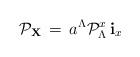
LaTeX: \begin{align*}{\cal P}_{\bf X}\, = \, a^\Lambda {\cal P}_\Lambda^x \, {\bf i}_x\end{align*}